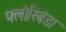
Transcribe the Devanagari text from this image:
फ्लोरिबंडा